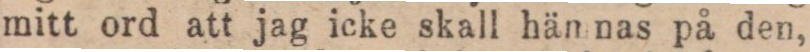
mitt ord att jag icke skall hän nas på den,